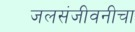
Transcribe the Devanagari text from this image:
जलसंजीवनीचा